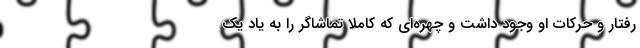
رفتار و حرکات او وجود داشت و چهره‌ای که کاملاً تماشاگر را به یاد یک